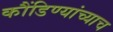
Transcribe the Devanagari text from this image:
कौंडिण्यांच्याच